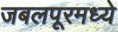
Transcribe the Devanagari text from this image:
जबलपूरमध्ये